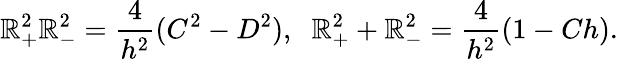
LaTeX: \mathbb{R}_{+}^{2}\mathbb{R}_{-}^{2}=\frac{{4}}{{h^{2}}}(C^{2}-D^{2}),\; \; \mathbb{R}_{+}^{2}+\mathbb{R}_{-}^{2}=\frac{{4}}{{h^{2}}}(1-Ch).